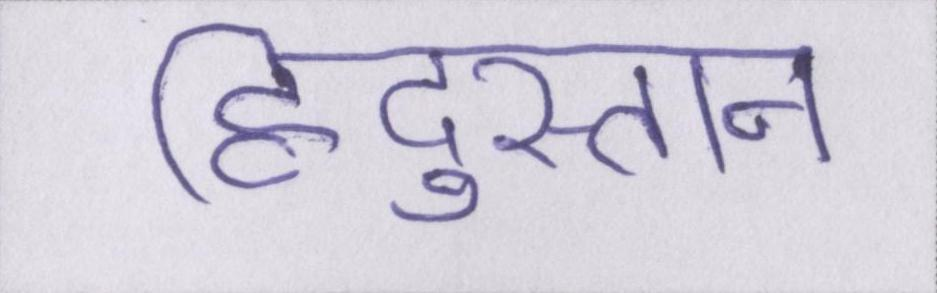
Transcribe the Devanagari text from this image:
हिंदुस्तान